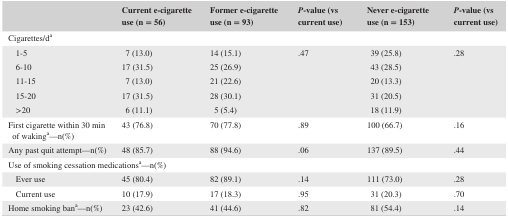
|  | Current e‐cigarette use (n = 56) | Former e‐cigarette use (n = 93) | P‐value (vs current use) | Never e‐cigarette use (n = 153) | P‐value (vs current use) |
 | --- | --- | --- | --- | --- | --- |
 | <COLSPAN=6> Cigarettes/da |
 | 1‐5 | 7 (13.0) | 14 (15.1) | <ROWSPAN=5> .47 | 39 (25.8) | <ROWSPAN=5> .28 |
 | 6‐10 | 17 (31.5) | 25 (26.9) | 43 (28.5) |
 | 11‐15 | 7 (13.0) | 21 (22.6) | 20 (13.3) |
 | 15‐20 | 17 (31.5) | 28 (30.1) | 31 (20.5) |
 | >20 | 6 (11.1) | 5 (5.4) | 18 (11.9) |
 | First cigarette within 30 min of wakinga—n(%) | 43 (76.8) | 70 (77.8) | .89 | 100 (66.7) | .16 |
 | Any past quit attempt—n(%) | 48 (85.7) | 88 (94.6) | .06 | 137 (89.5) | .44 |
 | <COLSPAN=6> Use of smoking cessation medicationsa—n(%) |
 | Ever use | 45 (80.4) | 82 (89.1) | .14 | 111 (73.0) | .28 |
 | Current use | 10 (17.9) | 17 (18.3) | .95 | 31 (20.3) | .70 |
 | Home smoking bana—n(%) | 23 (42.6) | 41 (44.6) | .82 | 81 (54.4) | .14 |